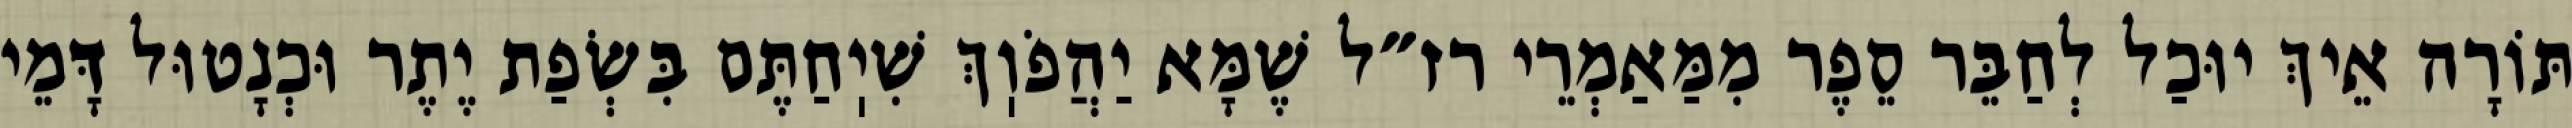
תּוֹרָה אֵיךְ יוּכַל לְחַבֵּר סֵפֶר מִמַּאַמְרֵי רז״ל שֶׁמָּא יַהֲפֹוֽךְ שִׁיֽחַתֶּם בִּשְׂפַת יֶתֶר וּכְנָטוּל דָּמֵי